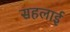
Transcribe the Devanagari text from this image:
सहलाई